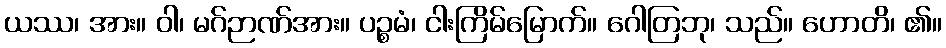
ယဿ၊ အား။ ဝါ၊ မဂ်ဉာဏ်အား။ ပဉ္စမံ၊ ငါးကြိမ်မြောက်။ ဂေါတြဘု၊ သည်။ ဟောတိ၊ ၏။